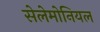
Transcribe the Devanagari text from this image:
सेलेमोनियल